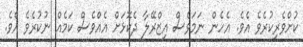
ކުށްވެެރިކުރެވެ އެވެ. އެހެން ނަމަވެސް އިޒްރޭލާ ދެކޮޅަށް އެއްވެސް ކަމެއް ނުކުރެވެ އެވެ.